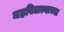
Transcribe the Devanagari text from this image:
महविद्याल्याच्या